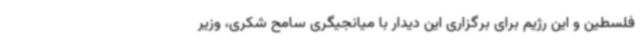
فلسطین و این رژیم برای برگزاری این دیدار با میانجیگری سامح شکری، وزیر